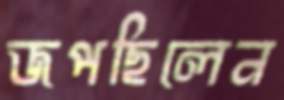
জপছিলেন